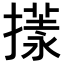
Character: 𢵇